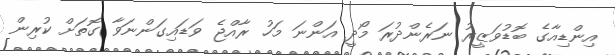
އިންޑިއާގެ ބޮޑުވަޒީރު ނަރެންދުރަ މޯދީ އަންނަ މަހު ރާއްޖެ ވަޑައިގަންނަވާ ގޮތަށް ކުރިން